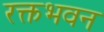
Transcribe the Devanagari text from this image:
रक्तभवन